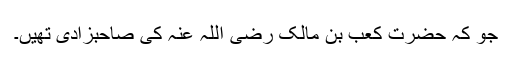
جو کہ حضرت کعب بن مالک رضی اللہ عنہ کی صاحبزادی تھیں۔